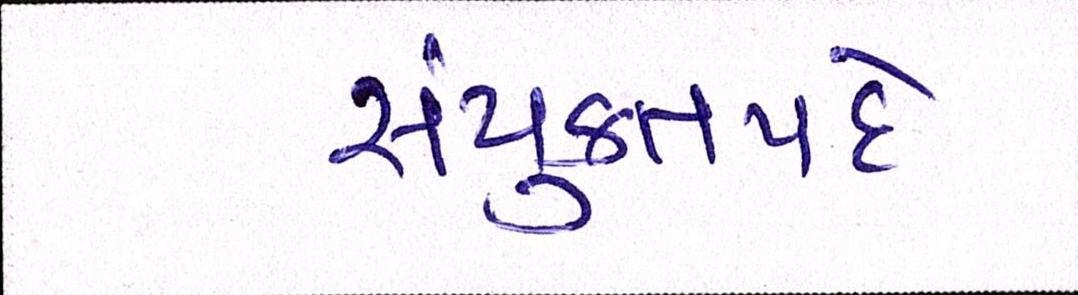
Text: સંયુક્તપદે